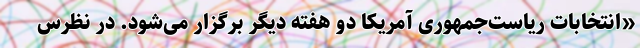
«انتخابات ریاست‌جمهوری آمریکا دو هفته دیگر برگزار می‌شود. در نظرس